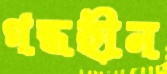
গন্ধহীন